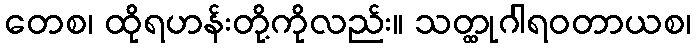
တေစ၊ ထိုရဟန်းတို့ကိုလည်း။ သတ္ထုဂါရဝတာယစ၊